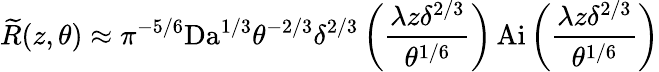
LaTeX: \widetilde{R}(z,\theta)\approx\pi^{-5/6}\textrm{Da}^{1/3}\theta^{-2/3}\delta^{2/3}\left(\frac{\lambda z\delta^{2/3}}{\theta^{1/6}}\right)\, \textrm{Ai}\left(\frac{\lambda z\delta^{2/3}}{\theta^{1/6}}\right)